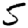
Digit: 5